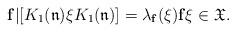
LaTeX: \begin{align*}\mathbf{f}|[K_1(\mathfrak{n})\xi K_1(\mathfrak{n})]=\lambda_{\mathbf{f}}(\xi)\mathbf{f}\xi\in\mathfrak{X}.\end{align*}